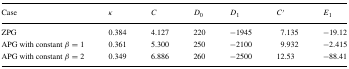
| Case | κ | C | D0 | D1 | C′ | E1 |
 | --- | --- | --- | --- | --- | --- | --- |
 | ZPG | 0.384 | 4.127 | 220 | − 1945 | 7.135 | −19.12 |
 | APG with constant β = 1 | 0.361 | 5.300 | 250 | − 2100 | 9.932 | − 2.415 |
 | APG with constant β = 2 | 0.349 | 6.886 | 260 | − 2500 | 12.53 | −88.41 |